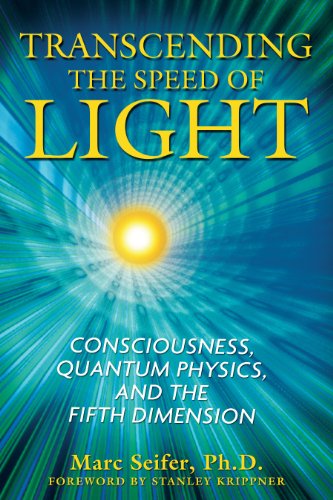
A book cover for Transcending the Speed of Light: Consciousness, Quantum Physics, and the Fifth Dimension; Marc Seifer Ph.D.; Religion & Spirituality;